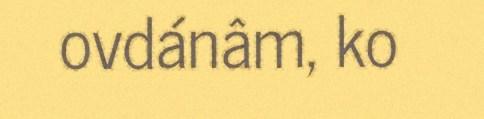
ovdánâm, ko